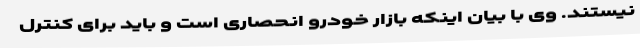
نیستند. وی با بیان اینکه بازار خودرو انحصاری است و باید برای کنترل